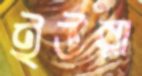
ইউরা